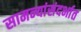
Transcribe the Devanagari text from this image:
सामन्यांसंदर्भात